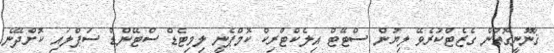
ޤާނޫނީގޮތުން ގެޒެޓްކުރެވޭ ލިޔުން ސްޓޭޓް އިލެކްޓްރިކް ކޮމްޕެނީ ލިމިޓެޑް ސްޓޭންޑް ސަޕްލައި ކޮށްދޭނެ